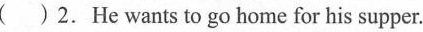
( ) 2.He wants to go home for his supper.